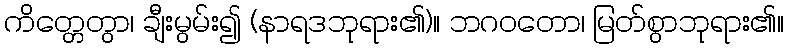
ကိတ္တေတွာ၊ ချီးမွမ်း၍ (နာရဒဘုရား၏)။ ဘဂဝတော၊ မြတ်စွာဘုရား၏။